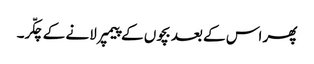
پھر اس کے بعد بچوں کے پیمپر لانے کے چکّر۔